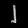
Digit: ၂